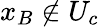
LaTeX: x_{B}\notin U_{c}